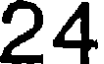
24